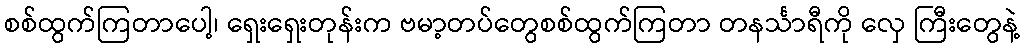
စစ်ထွက်ကြတာပေါ့၊ ရှေးရှေးတုန်းက ဗမာ့တပ်တွေစစ်ထွက်ကြတာ တနင်္သာရီကို လှေ ကြီးတွေနဲ့